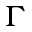
\Gamma